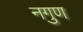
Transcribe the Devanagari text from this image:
नगुण